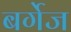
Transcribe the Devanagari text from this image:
बर्गेज